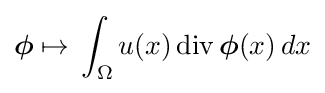
{\textstyle \displaystyle {\boldsymbol {\phi }}\mapsto \,\int _{\Omega }u(x)\operatorname {div} {\boldsymbol {\phi }}(x)\,dx}